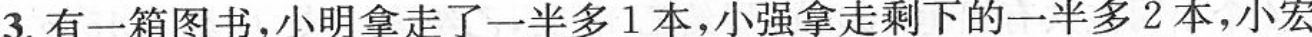
3.有一箱图书，小明拿走了一半多1本，小强拿走剩下的一半多2本，小宏